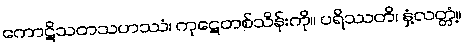
ကောဋိသတသဟဿံ၊ ကုဋေတစ်သိန်းကို။ ပရိဿတိ၊ နှံ့လတ္တံ့။